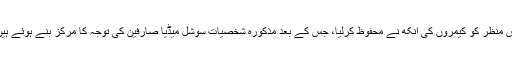
اس منظر کو کیمروں کی آنکھ نے محفوظ کرلیا، جس کے بعد مذکورہ شخصیات سوشل میڈیا صارفین کی توجہ کا مرکز بنے ہوئے ہیں۔